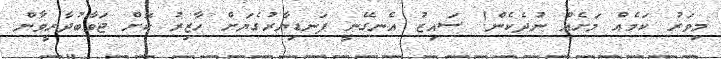
މިވަރު ކަމެއް މަށެއް ނުދެކެން! ސައިޒު އެނގޭނީ ފަނޑިޔާރުގެޔަށް ހާޒިރު ކޮށް ޖަވާބުދާރީވާން